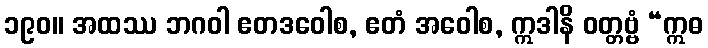
၁၉၀။ အထဿ ဘဂဝါ ဧတဒဝေါစ, ဧတံ အဝေါစ, ဣဒါနိ ဝတ္တဗ္ဗံ “ဣဓ